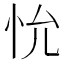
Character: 𪫤